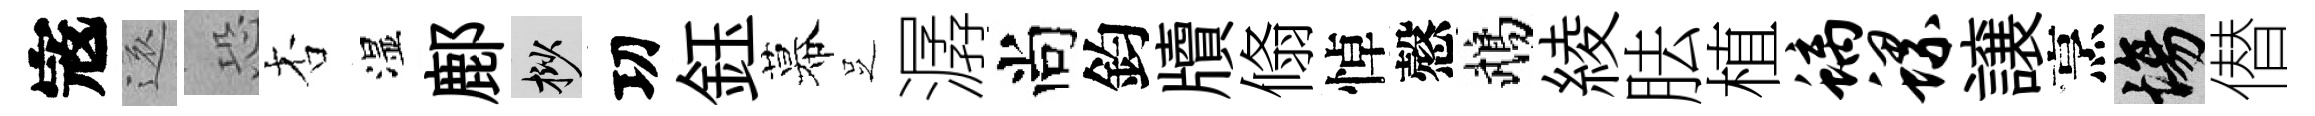
𡨥還恐杏湿鄜挲㓛鈺幕𠯁潺尚鈞牘翛悼慤鵡綾胠植螭螺譲烹場僣